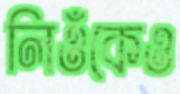
লিওঁকেও